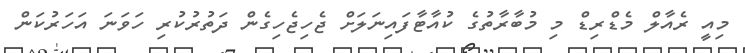
މިއީ ރެއާލް މެޑްރިޑް މި މުބާރާތުގެ ކުއާޓާފައިނަލަށް ޖެހިޖެހިގެން ދަތުރުކުރި ހަވަނަ އަހަރުކަން